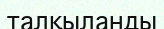
талқыланды